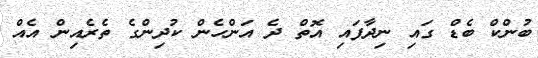
ބުންކް ބެޑް ގައި ނިދާފައި އޮތް ދެ އަންހެން ކުދިންގެ ތެރެއިން އެއް